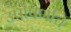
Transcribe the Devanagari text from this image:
उपोषणाचे